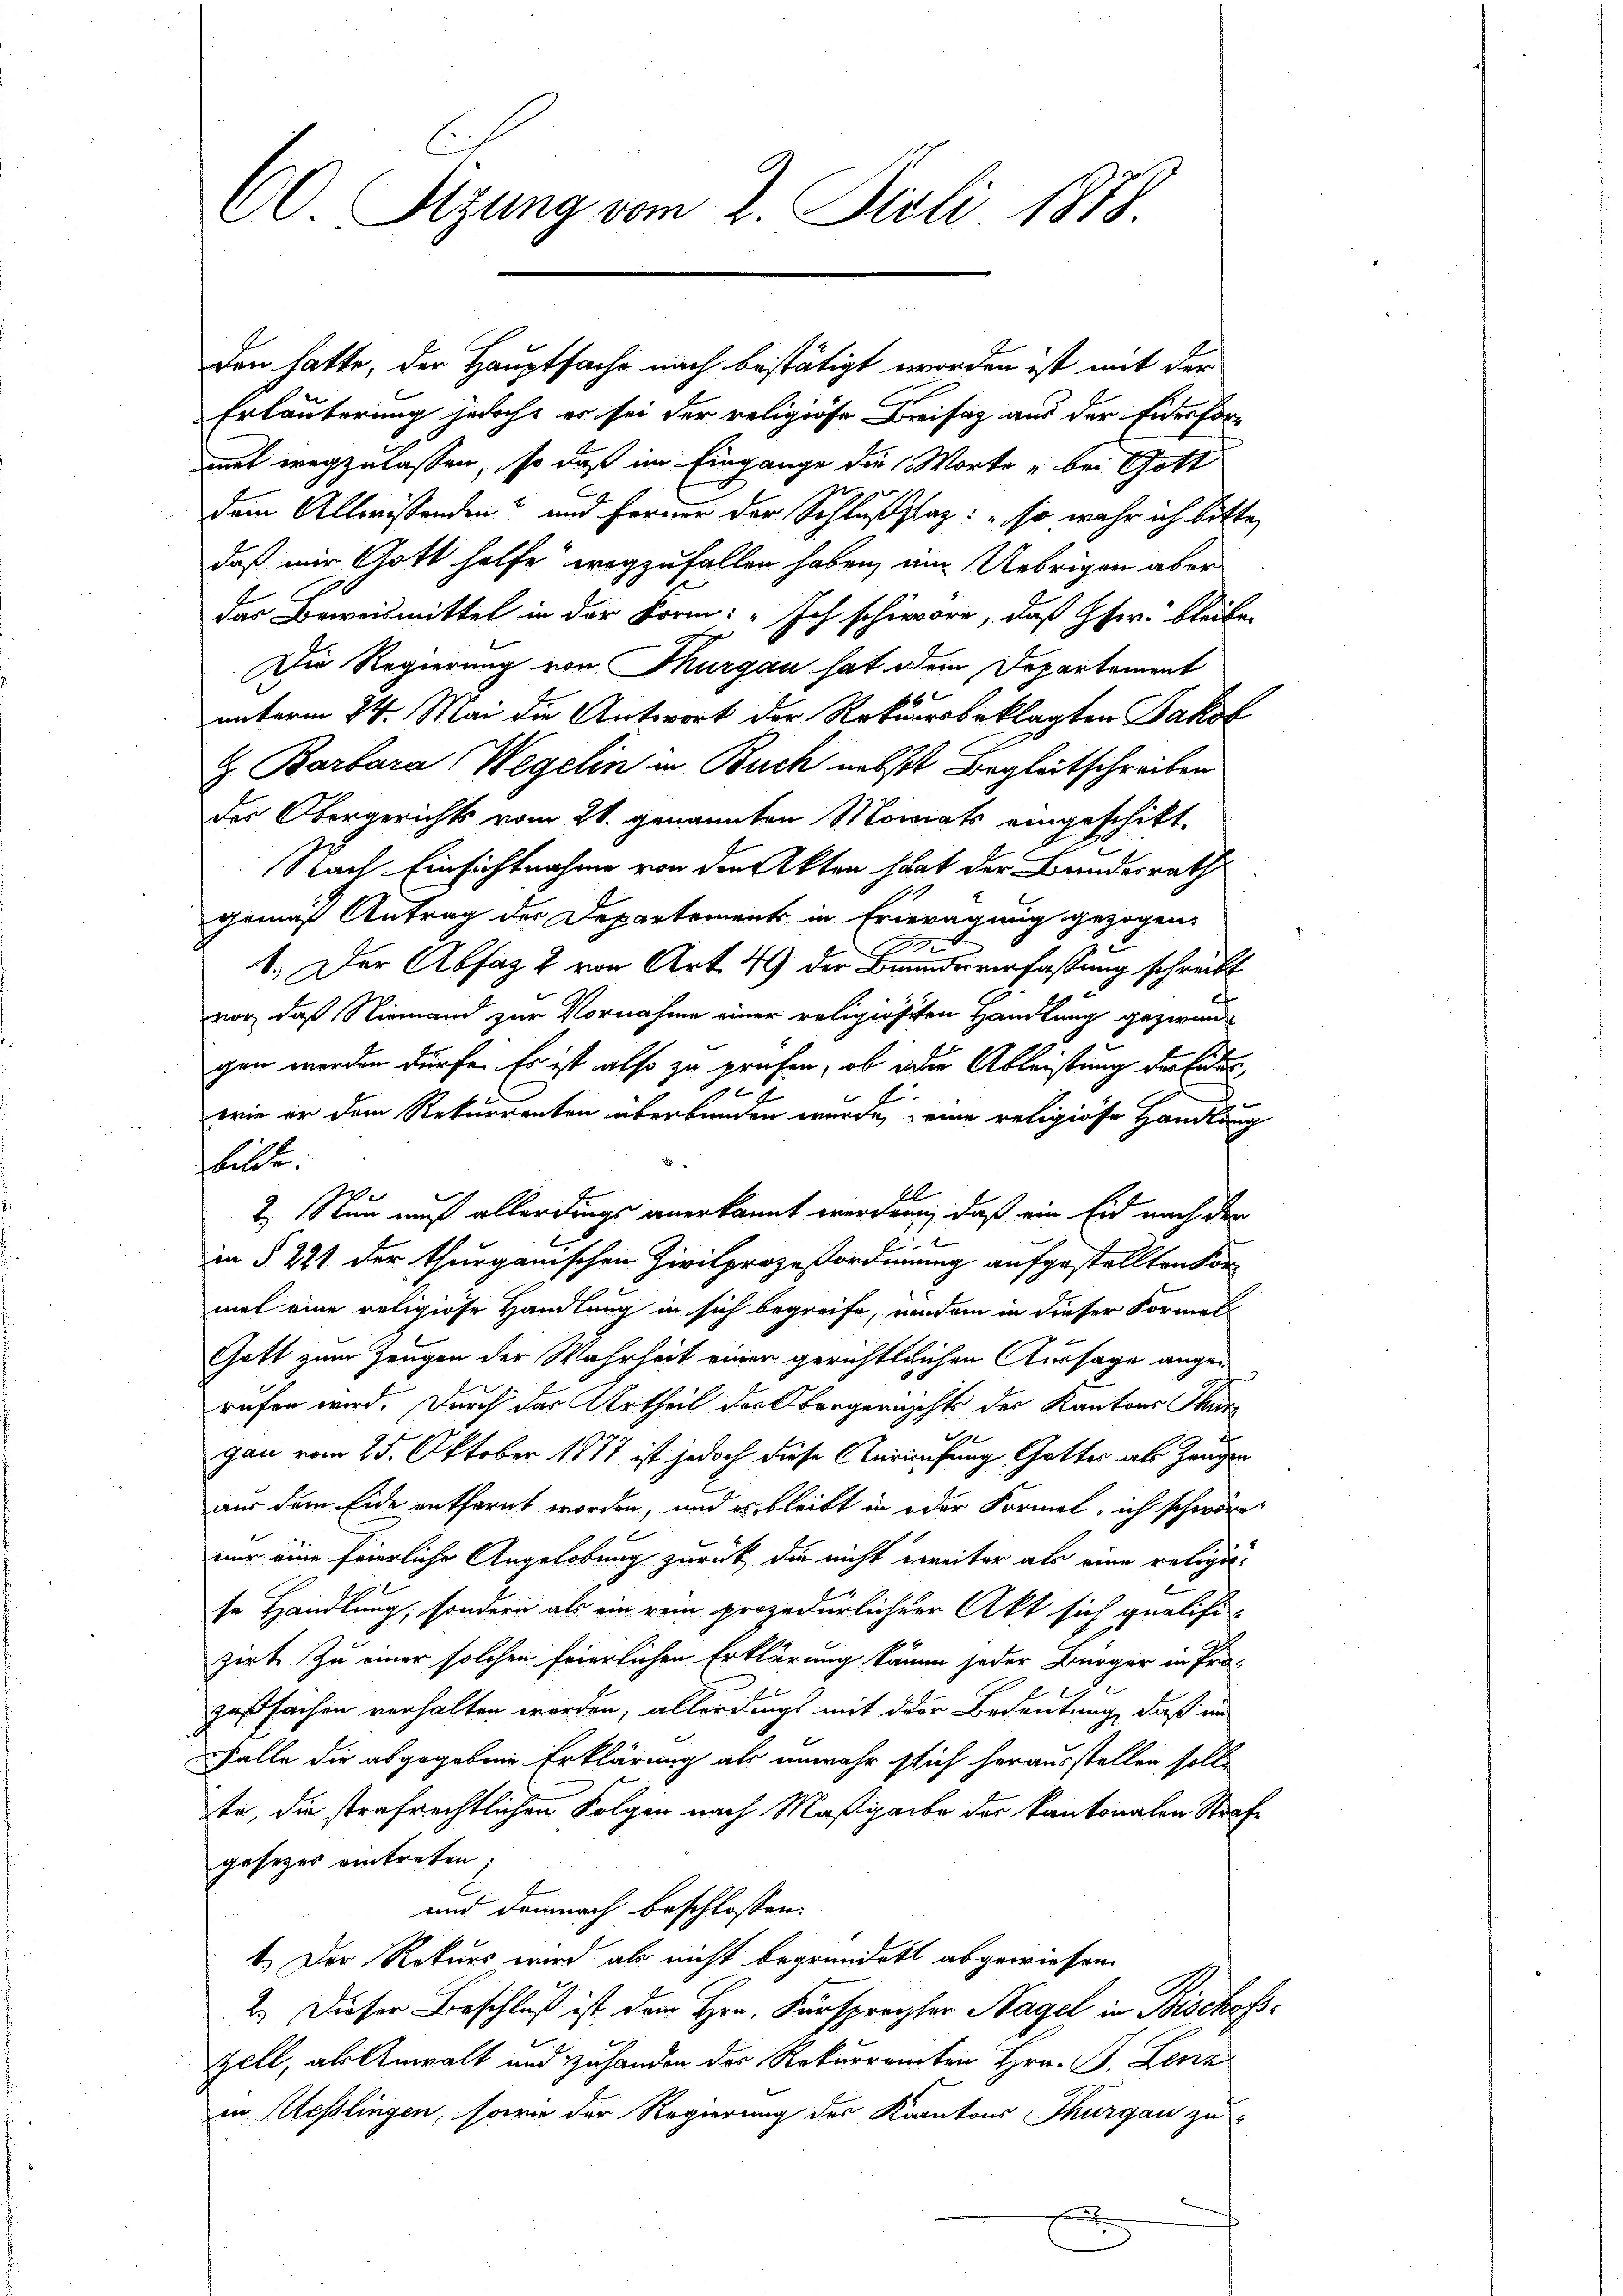
60 Stzung vom 2. Juli 1878.

den hatte, der Hauptsache nach bestätigt worden ist mit der
Erläuterung jedoch, es sei der religiöse Kreisaz aus der Eiderformet wegzulassen, so daß im Eingange die Worte u bei Gott
h
dem Allwissenden und Ferner der Schlußzlag: so wahr ich bitte
daß mir Gott helfe wegzufallen haben, ein Uebrigen aber
das Beweismittel in der Form: „Ich schiedere, daß Gher bleiben
Die Regierung von Thurgau hat dem Departement
66x
unterm 24. Mai die Antwort der Retersbeklagten Jakob
J. Barbara Wegelin in Buch nebst Begleitschreiben
des Obergerichts vom 21. genannten Monats eingeschikt.
Nach Einsichtnahme von den Akten hat der Bundesrath
gemäß Antrag der Departements in Ertragung gezogen.
B
1.) Der Abfaz 2 von Art. 49 der Beundesverfassung schreibt
vor, daß Niemand zur Vornahme einer religiöschen Handlung gezwun
gen werden dürfe. Es ist also zu prüfen, ob die Ableistung der Eides,
get
wie er dem Rekurrenten überbunden wurde, eine religiöse Handlung
stute.
2. Nun auf allerdings anerkannt werden, daß ein Eid nach der
1.
in § 221 der thurgauischen Zivilprozeßordnung aufgestellten Vor
met eine religiose Handlung in sich begreife, wendem in dieser Formel
Gott zum Zeugen der Wahrheit einer gerichtlichen Aussage angerufen wird. Durch das Urtheil der Obergerichts des Kantons Thur
9
gan vom 25. Oktober 1877 ist jedoch diese Anrufung Gottes als Zeugen
aus dem Eide entfernt worden, und es bleibt in oder Formel, ich schwöre
nur eine feierliche Angelobung zurück, die nicht weiter als eine religise Handlung, sondern als ein rein prozedurlicher Akt sich qualifizirt. Zu einer solchen feierlichen Erklärung kämme jeder Bürger in Pro-
zoßfachen verhalten worden, allerdings mit der Bedeutung, daß in
Falle die abgegebene Erklärung als unmehr sich herausstellen solle
te, die strafrechtlichen Folgen nach Maßgabe der kantonalen Strafe
gesezes eintreten;
und demnach beschlossen:
1.) Der Rekurs wird als nicht begründet abgewiesen.
2.) Dieser Beschluß ist dem Hrn. Fürsprecher Nagel in Bischofs¬
Zell, als Anwalt und zu handen der Rekurramten Hrn. F. Lenz
in Kesslingen, sowie der Regierung des Kantons Thurgau zu